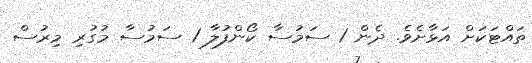
ތައްޓަކަށް އަޅާށެވެ. ދެން 1 ސަމުސާ ކޯންފުލާ 1 ސަމުސާ މުގުރި މިރުސް